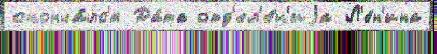
сконча́лс'я Да́та отд'ел'е́н'иjа Л'е́н'ина